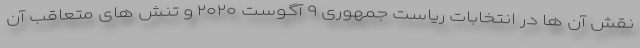
نقش آن ها در انتخابات ریاست جمهوری ۹ آگوست ۲۰۲۰ و تنش های متعاقب آن